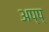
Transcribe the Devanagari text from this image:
अप्प्